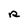
Character: R